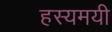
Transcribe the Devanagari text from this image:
हस्यमयी